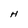
Character: H